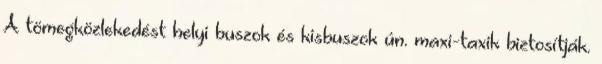
A tömegközlekedést helyi buszok és kisbuszok ún. maxi-taxik biztosítják.